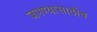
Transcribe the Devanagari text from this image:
जपण्यासाठीच